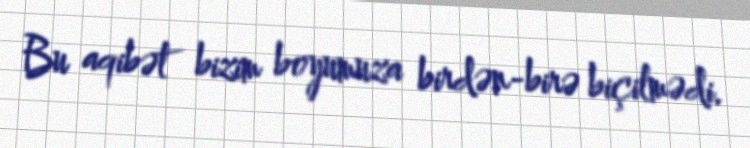
Bu aqibət bizim boyumuza birdən-birə biçilmədi.